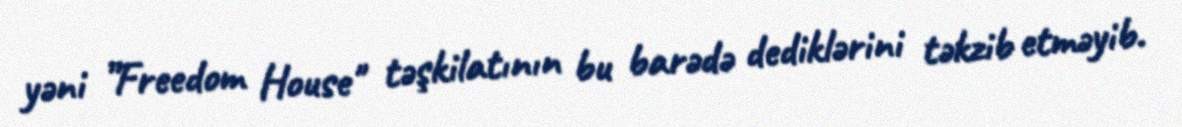
yəni ”Freedom House" təşkilatının bu barədə dediklərini təkzib etməyib.